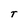
Character: T